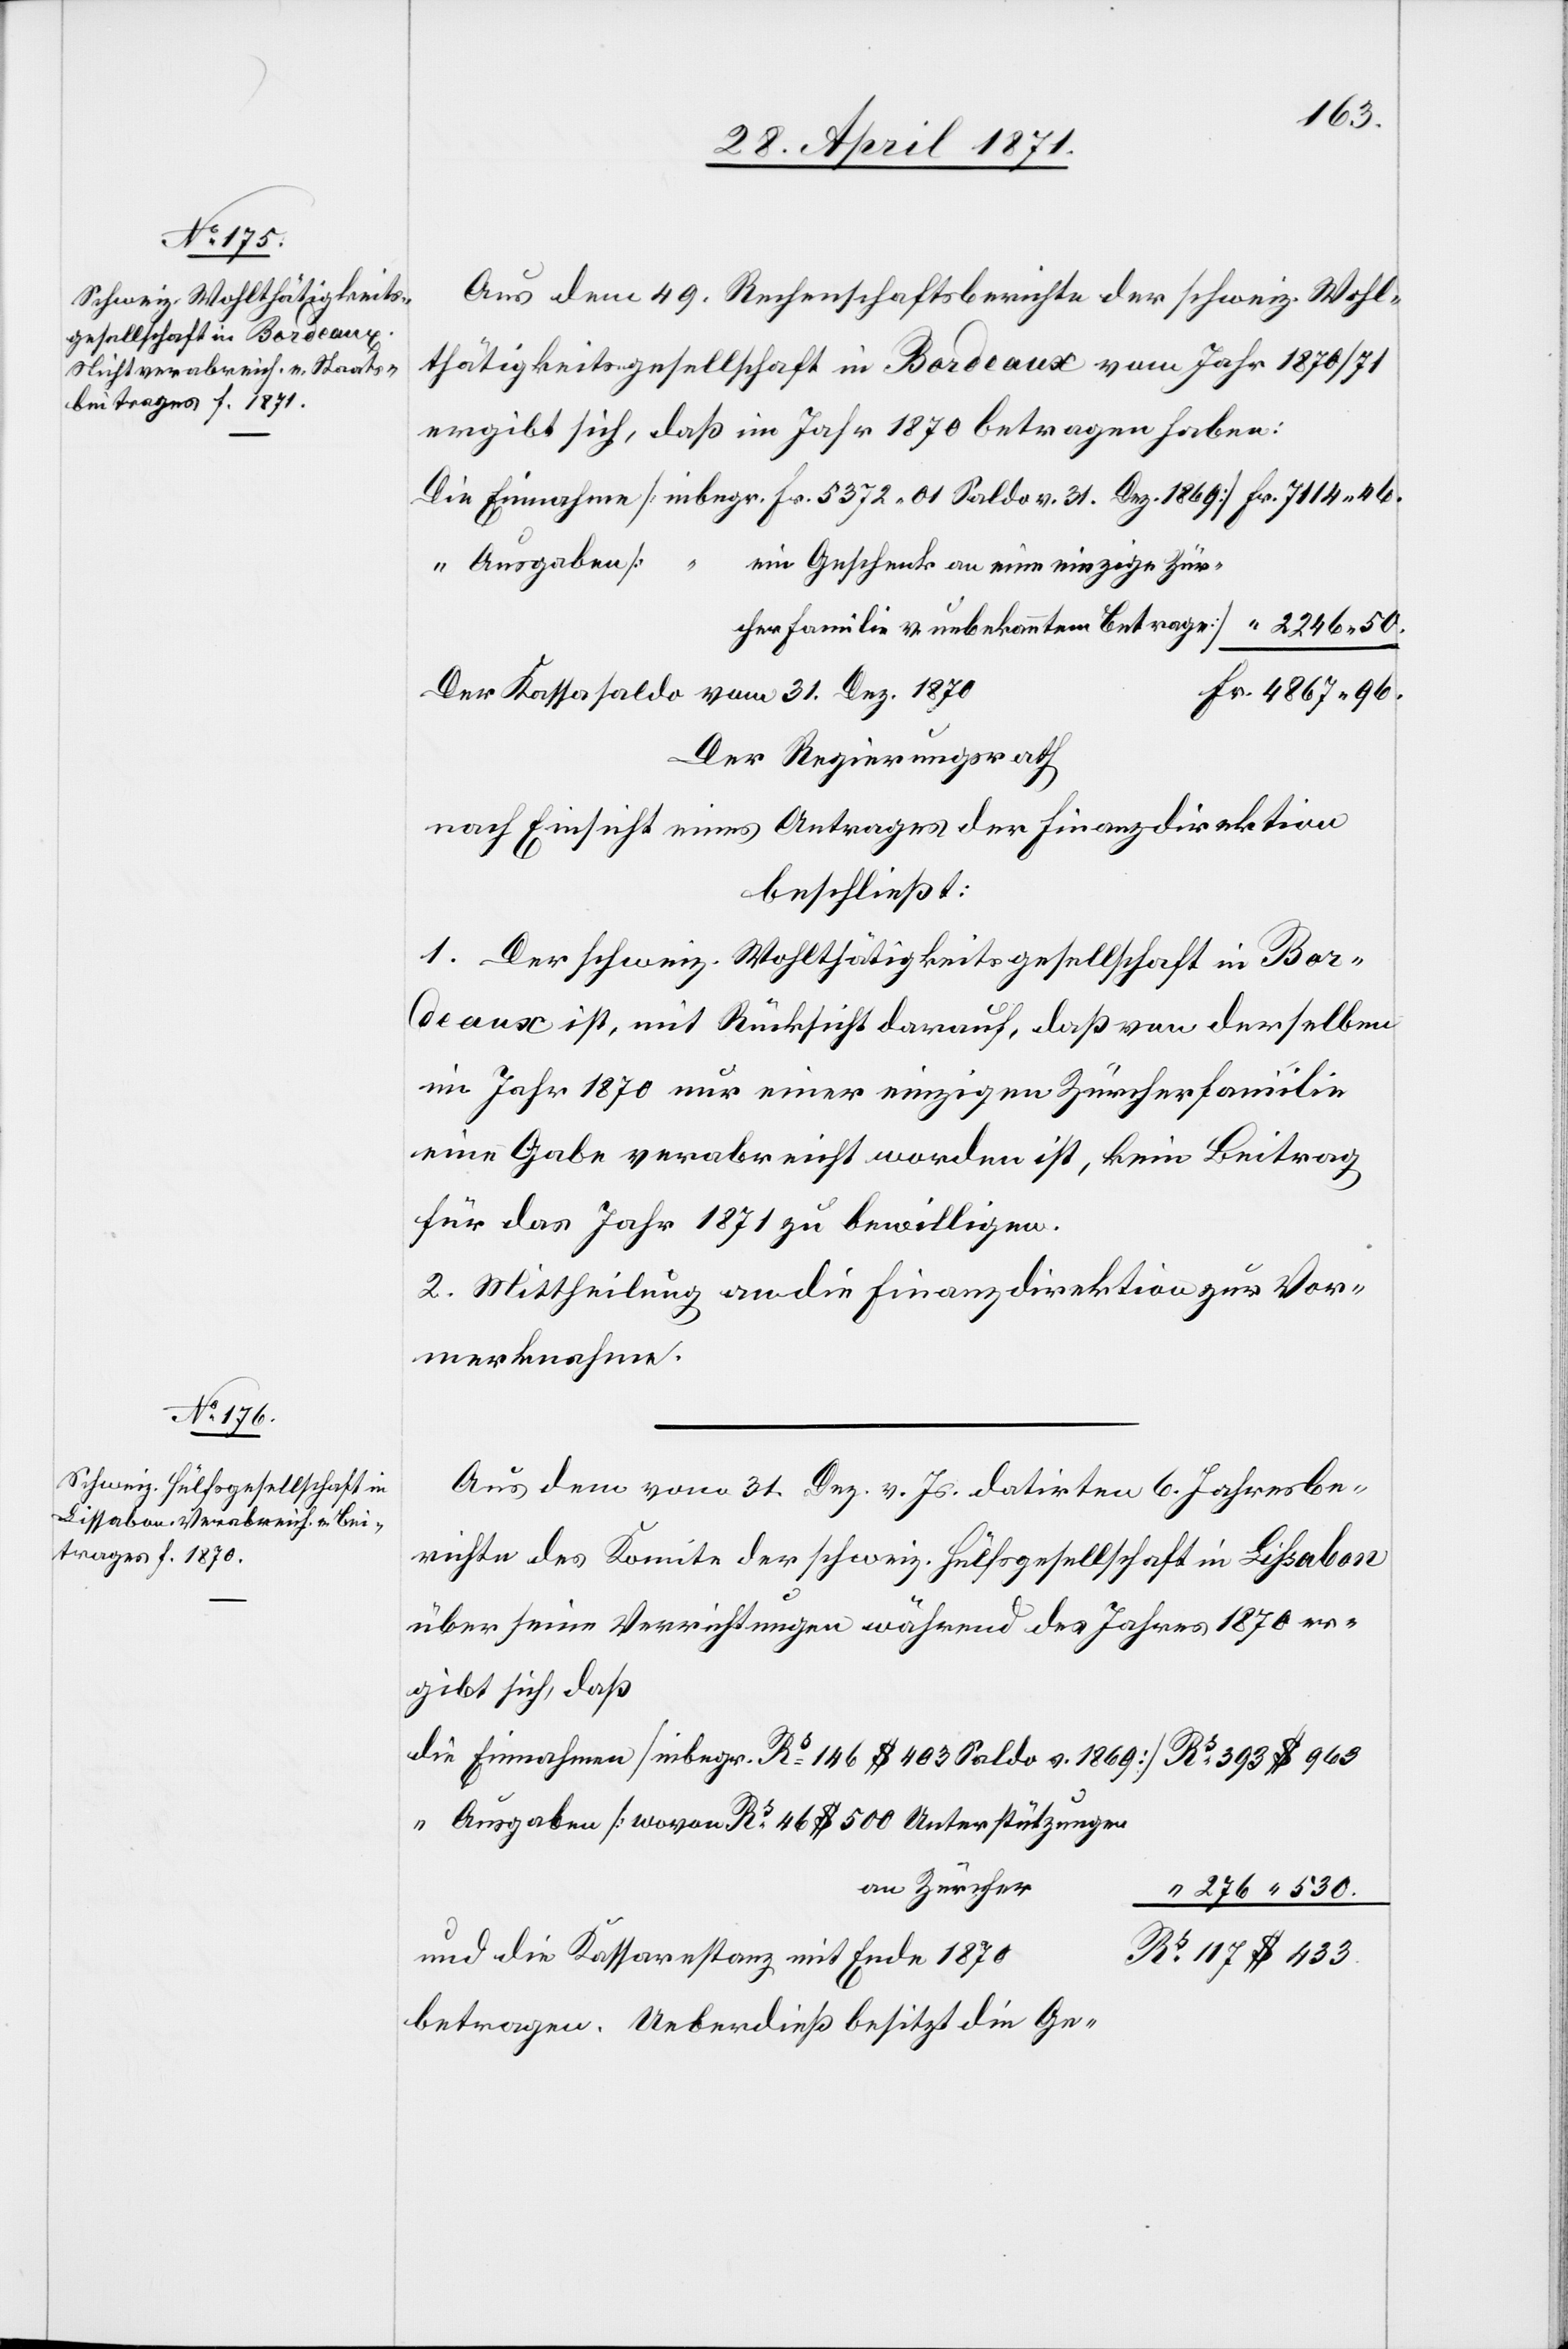
cher
31. Dez 1870
Aus dem 49. Rechenschaftsbericht der schweiz. Wohl¬
thätigkeitsgesellschaft in Bordeaux vom Jahr 1870/71
ergibt sich, daß im Jahr 1870 betragen haben:
“ Ausgaben
$
ein Geschenk an eine einzige Zür¬
Fr. 4867.96.
Der Regierungsrath
nach Einsicht eines Antrages der Finanzdirektion
beschießt:
1. Der schweiz. Wohlthätigkeitsgesellschaft in Bor¬
deaux ist, mit Rücksicht darauf, daß von derselben
im Jahr 1870 nur einer einzigen Zürcherfamilie
eine Gabe verabreicht worden ist, kein Beitrag
für das Jahr 1871 zu bewilligen.
2. Mittheilung an die Finanzdirektion zur Vor¬
merknahme.
Aus dem vom 31. Dez. v. Js. datirten 6. Jahresbe¬
richte des Komite der schweiz. Hülfsgesellschaft in Lißabon
über seine Verrichtungen während des Jahres 1870 er¬
gibt sich, daß
an Zürcher
“ 276. “ 530
Rs. 117 $ 433.
betragen. Ueberdieß besitzt die Ge-